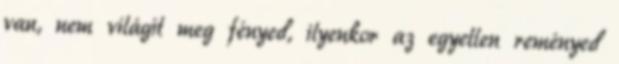
van, nem világít meg fényed, ilyenkor az egyetlen reményed